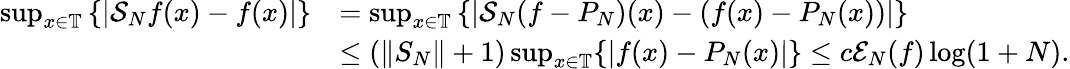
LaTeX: \begin{array}{rl}{\operatorname*{sup}_{x\in\mathbb{T}}\left\{ \vert\mathcal{S}_{N}f(x)-f(x)\vert\right\} }&{=\operatorname*{sup}_{x\in\mathbb{T}}\left\{ \vert\mathcal{S}_{N}(f-P_{N})(x)-(f(x)-P_{N}(x))\vert\right\} }\\ &{\leq(\| S_{N}\| +1)\operatorname*{sup}_{x\in\mathbb{T}}\{ |f(x)-P_{N}(x)|\} \leq c\mathcal{E}_{N}(f)\log(1+N).}\end{array}